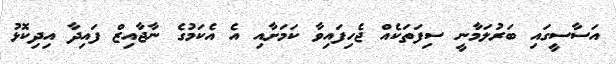
އަސާސީގައި ބަރުލަމާނީ ސިފަތަކެއް ޖެހިފައިވާ ކަމަށާއި އެ އެކަމުގެ ނާޖާއިޒް ފައިދާ އިދިކޮޅު